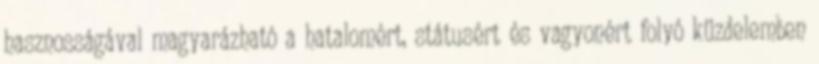
hasznosságával magyarázható a hatalomért, státusért és vagyonért folyó küzdelemben